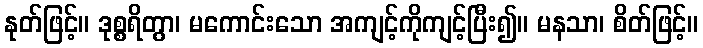
နုတ်ဖြင့်။ ဒုစ္စရိတွာ၊ မကောင်းသော အကျင့်ကိုကျင့်ပြီး၍။ မနသာ၊ စိတ်ဖြင့်။